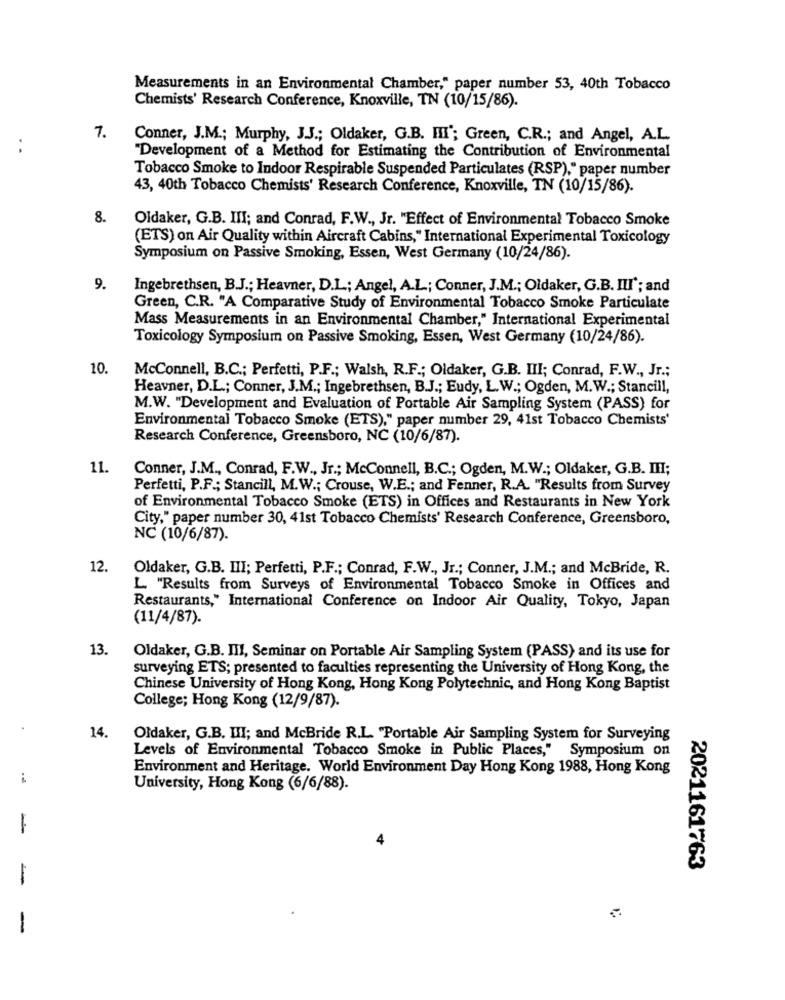
Measurements in an Environmental Chamber," paper number 53, 40th Tobacco
Chemists' Research Conference, Knoxville, TN (10/15/86).
7.
Conner, J.M .; Murphy, J.J .; Oldaker, G.B. III'; Green, C.R .; and Angel, A.L.
. .
"Development of a Method for Estimating the Contribution of Environmental
Tobacco Smoke to Indoor Respirable Suspended Particulates (RSP)," paper number
43, 40th Tobacco Chemists' Research Conference, Knoxville, TN (10/15/86).
8.
Oldaker, G.B. III; and Conrad, F.W ., Jr. "Effect of Environmental Tobacco Smoke
(ETS) on Air Quality within Aircraft Cabins," International Experimental Toxicology
Symposium on Passive Smoking, Essen, West Germany (10/24/86).
9.
Ingebrethsen, B.J .; Heavner, D.L .; Angel, A.L .; Conner, J.M .; Oldaker, G.B. ILI'; and
Green, C.R. "A Comparative Study of Environmental Tobacco Smoke Particulate
Mass Measurements in an Environmental Chamber," International Experimental
Toxicology Symposium on Passive Smoking, Essen, West Germany (10/24/86).
10.
McConnell, B.C .; Perfetti, P.F .; Walsh, R.F .; Oldaker, G.B. III; Conrad, F.W ., Jr .;
Heavner, D.L .; Conner, J.M .; Ingebrethsen, B.J .; Eudy, L.W .; Ogden, M.W .; Stancill,
M.W. "Development and Evaluation of Portable Air Sampling System (PASS) for
Environmental Tobacco Smoke (ETS)," paper number 29, 41st Tobacco Chemists'
Research Conference, Greensboro, NC (10/6/87).
11.
Conner, J.M ., Conrad, F.W ., Jr .; McConnell, B.C .; Ogden, M.W .; Oldaker, G.B. III;
Perfetti, P.F .; Stancill, M.W .; Crouse, W.E .; and Fenner, R.A. "Results from Survey
of Environmental Tobacco Smoke (ETS) in Offices and Restaurants in New York
City," paper number 30, 41st Tobacco Chemists' Research Conference, Greensboro,
NC (10/6/87).
12.
Oldaker, G.B. III; Perfetti, P.F .; Conrad, F.W ., Jr .; Conner, J.M .; and McBride, R.
L "Results from Surveys of Environmental Tobacco Smoke in Offices and
Restaurants," International Conference on Indoor Air Quality, Tokyo, Japan
(11/4/87).
13.
Oldaker, G.B. III, Seminar on Portable Air Sampling System (PASS) and its use for
surveying ETS; presented to faculties representing the University of Hong Kong, the
Chinese University of Hong Kong, Hong Kong Polytechnic, and Hong Kong Baptist
College; Hong Kong (12/9/87).
14.
Oldaker, G.B. III; and McBride R.L. "Portable Air Sampling System for Surveying
Levels of Environmental Tobacco Smoke in Public Places," Symposium on
Environment and Heritage. World Environment Day Hong Kong 1988, Hong Kong
i
University, Hong Kong (6/6/88).
-
2021161763
-